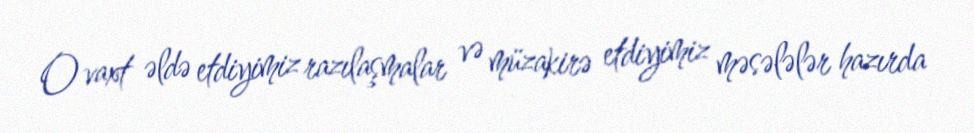
O vaxt əldə etdiyimiz razılaşmalar və müzakirə etdiyimiz məsələlər hazırda